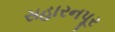
સહારનપૂર